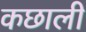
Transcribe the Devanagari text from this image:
कछाली